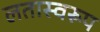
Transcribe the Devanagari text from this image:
लतास्वरूप